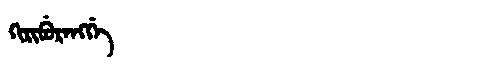
Manchu: ᡴᡳᡵᡳᠪᡠᡵᡝᠩᡤᡝ
Romanization: KIRIBURENGGE